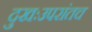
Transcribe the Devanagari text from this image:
दुखःउपरांतच